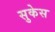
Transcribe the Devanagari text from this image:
सुकेस